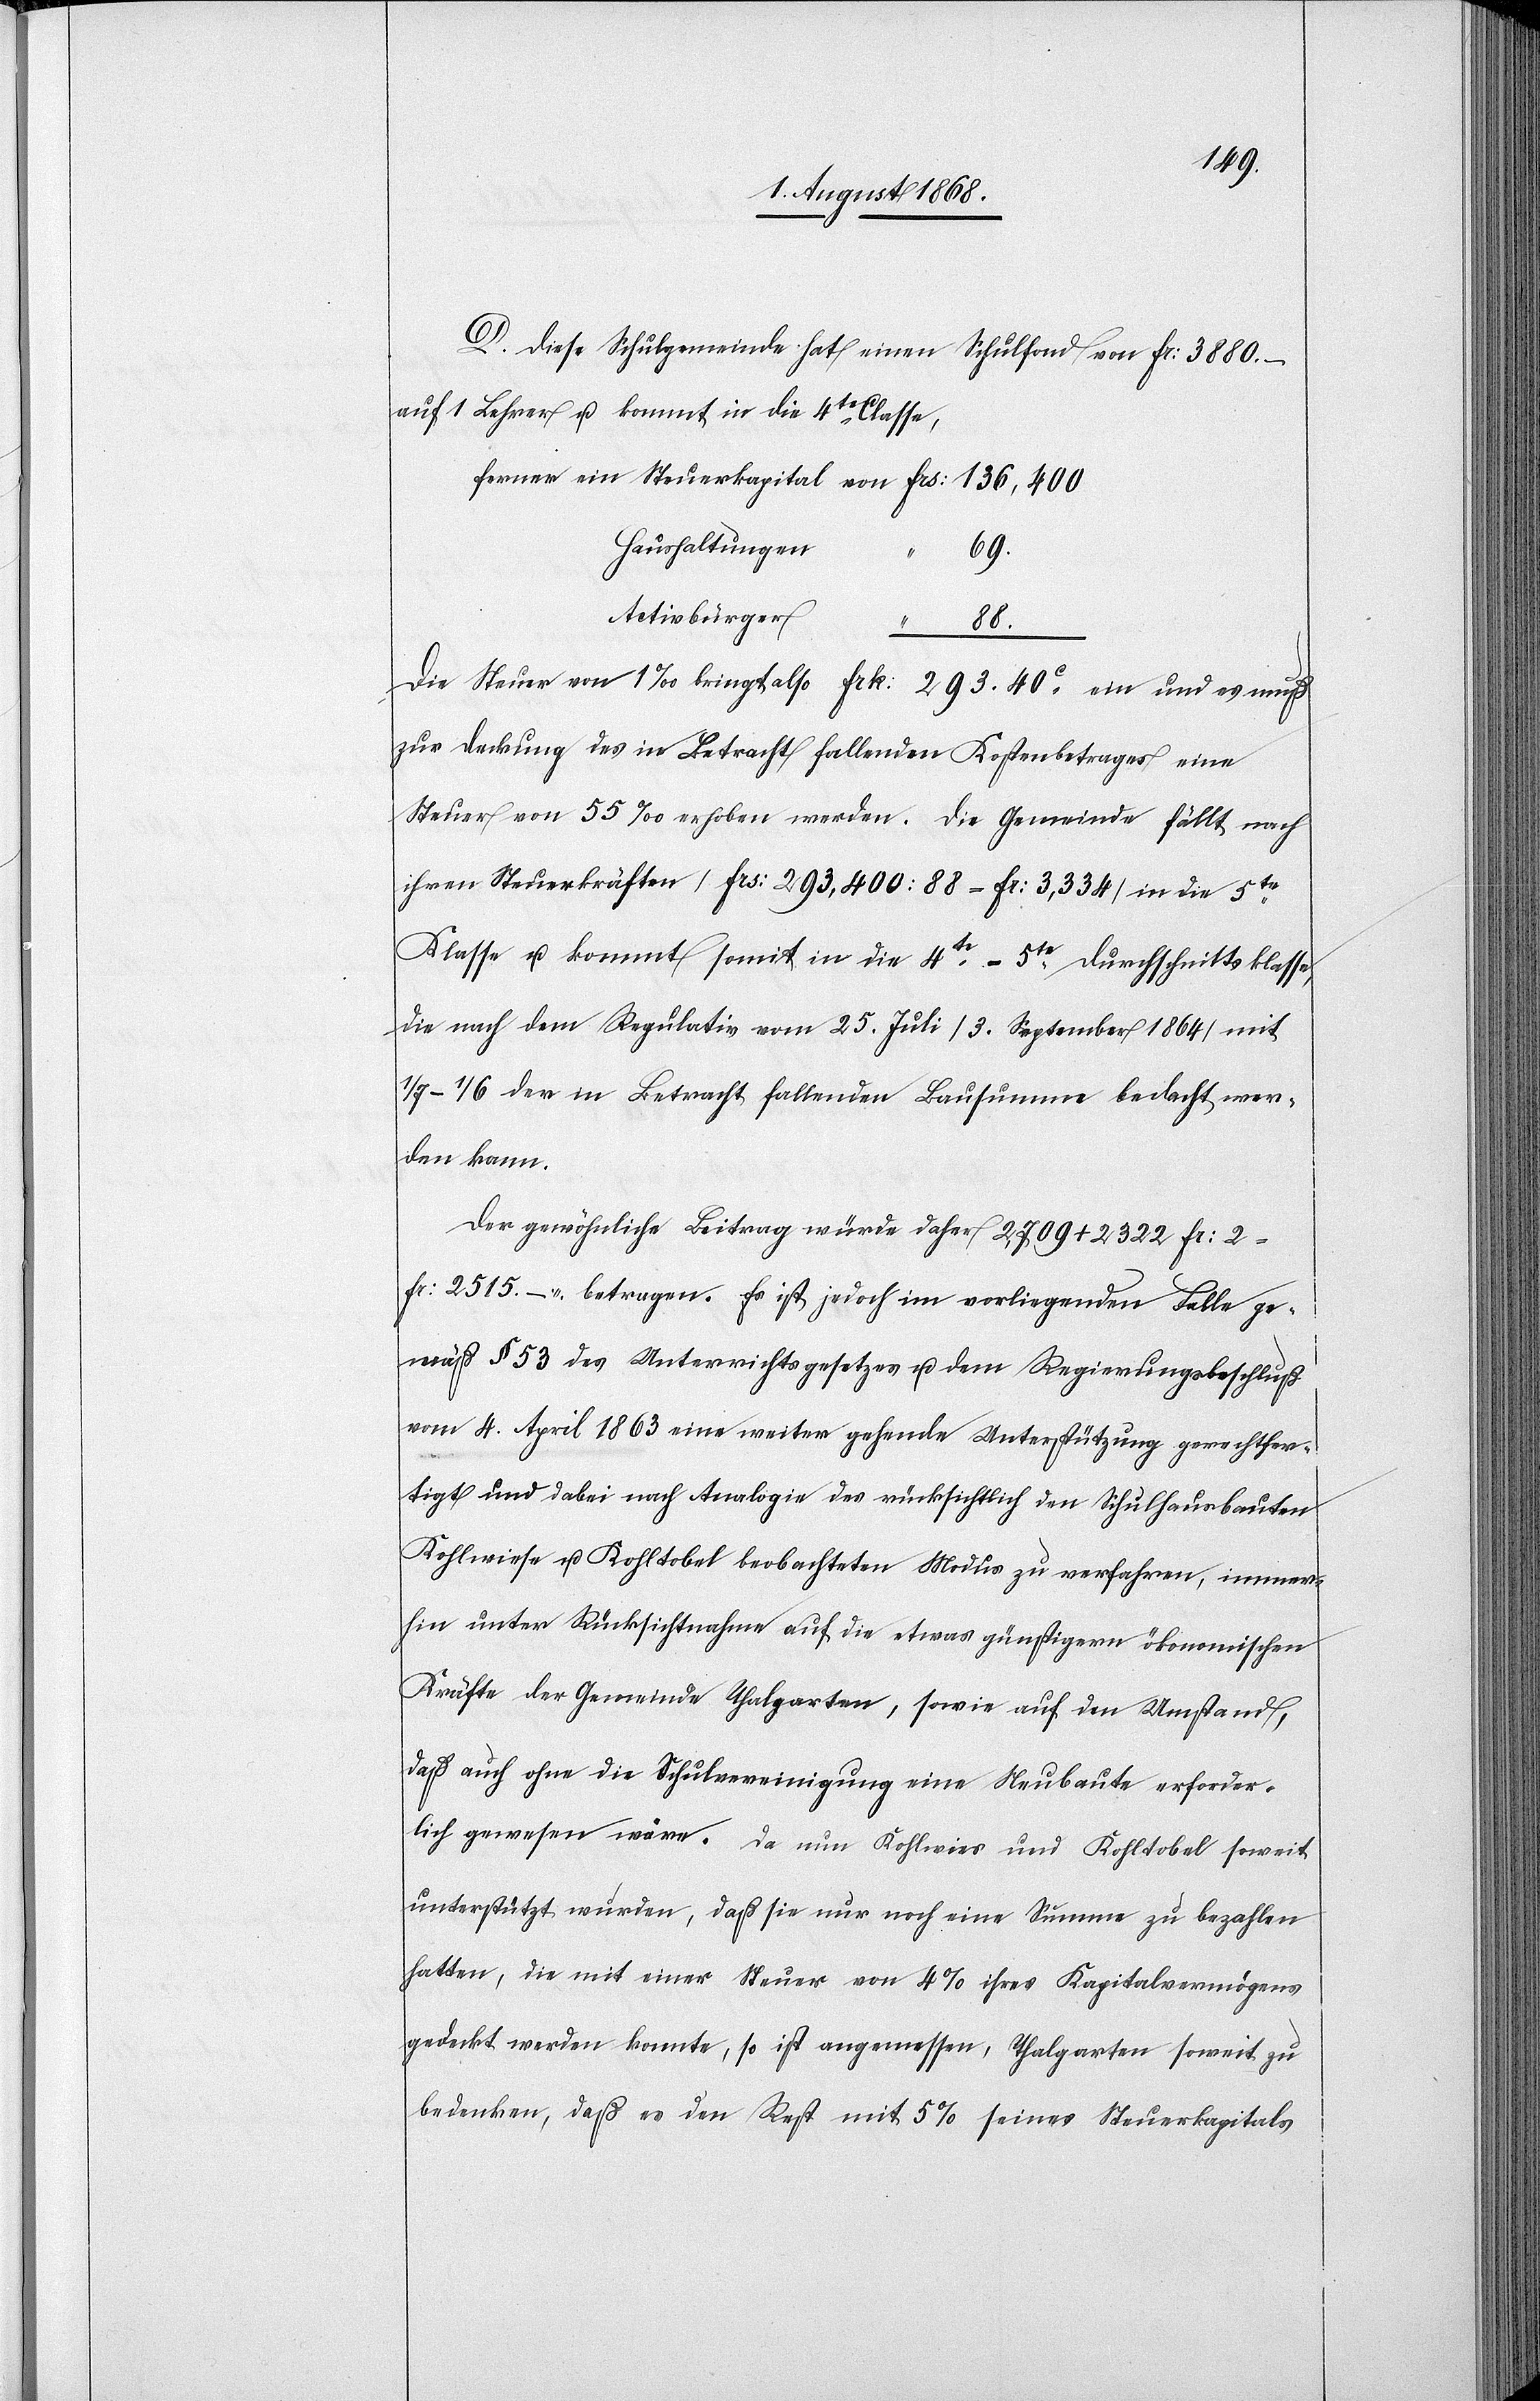
D. Diese Schulgemeinde hat einen Schulfond von Fr: 3880. –
auf 1 Lehrer u. kommt in die 4te Classe,
Haushaltungen
69.
Aktivbürger
40c
eine
Steuer von 55‰ erhoben werden. Die Gemeinde fällt nach
ihren Steuerkräften [Frs: 293,400 : 88 – Fr: 3,334] in die 5te
Klasse u. kommt somit in die 4te–5te Durchschnittsklasse,
die nach dem Regulativ vom 25. Juli [3. September 1864] mit
1/7–1/6 der in Betracht fallenden Bausumme bedacht wer¬
den kann.
Der gewöhnliche Beitrag würde daher 2,709 + 2322 Fr : 2
Fr: 2515. – betragen. Es ist jedoch im vorliegenden Falle ge¬
mäß § 53 des Unterrichtsgesetzes u. dem Regierungsbeschluß
vom 4. April 1863 eine weiter gehende Unterstützung gerechtfer¬
tigt und dabei nach Analogie des rücksichtlich den Schulhausbauten
Kohlwiese u. Kohltobel beobachteten Modus zu verfahren, immer¬
hin unter Rücksichtnahme auf die etwas günstigern ökonomischen
Kräfte der Gemeinde Thalgarten, sowie auf den Umstand,
daß auch ohne die Schulvereinigung eine Neubaute erforder¬
lich gewesen wäre. Da nun Kohlwies und Kohltobel soweit
unterstützt wurden, daß sie nur noch eine Summe zu bezahlen
hatten, die mit einer Steuer von 4% ihres Kapitalvermögens
gedeckt werden konnte, so ist angemessen, Thalgarten soweit zu
bedenken, daß es den Rest mit 5% seines Steuerkapitals